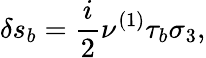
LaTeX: \delta s_{b}=\frac{i}{2}\nu^{\left(1\right)}\tau_{b}\sigma_{3},